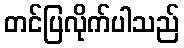
တင်ပြလိုက်ပါသည်